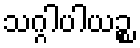
သဂ္ဂါပါယဉ္စ